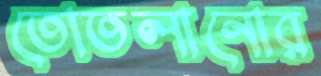
তোতলানোর